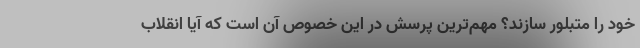
خود را متبلور سازند؟ مهم‌ترین پرسش در این خصوص آن است که آیا انقلاب